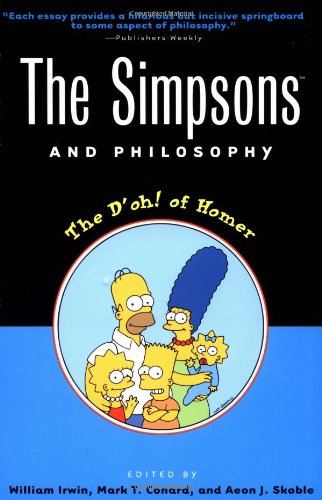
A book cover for The Simpsons and Philosophy: The D'oh! of Homer (Popular Culture and Philosophy); Humor & Entertainment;